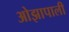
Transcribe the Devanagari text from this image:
ओझापाली